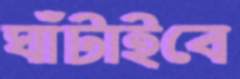
ঘাঁটাইবে